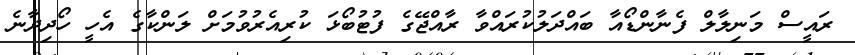
ރައީސް މަނިލާލް ފެނާންޑޯއާ ބައްދަލުކުރައްވާ ރާއްޖޭގެ ފުޓުބޯޅަ ކުރިއެރުވުމަށް ލަންކާގެ އެހީ ހޯދިދާނެ